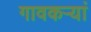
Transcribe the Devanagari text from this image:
गावकऱ्यां